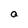
Character: a